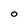
Character: O